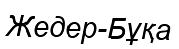
Жедер-Бұқа